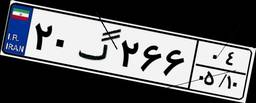
۰۴گ۰۰۸۱۸